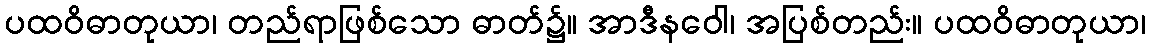
ပထဝိဓာတုယာ၊ တည်ရာဖြစ်သော ဓာတ်၌။ အာဒီနဝေါ၊ အပြစ်တည်း။ ပထဝိဓာတုယာ၊